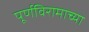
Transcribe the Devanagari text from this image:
पूर्णविरामाच्या